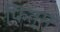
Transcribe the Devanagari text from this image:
फित्म